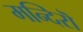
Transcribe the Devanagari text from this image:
मन्दिरॊ